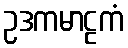
ဥဒကမာဠကံ